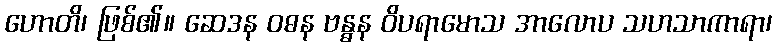
ဟောတိ၊ ဖြစ်၏။ ဆေဒန ဝဓန ဗန္ဓန ဝိပရာမောသ အာလောပ သဟသာကာရာ၊